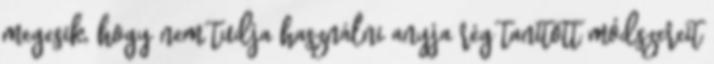
megesik, hogy nem tudja használni anyja rég tanított módszereit